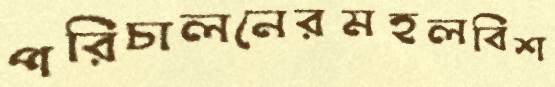
পরিচালনেরমহলবিশ